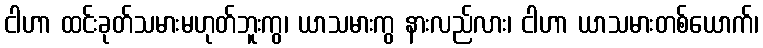
ငါဟာ ထင်းခုတ်သမားမဟုတ်ဘူးကွ၊ ယာသမားကွ နားလည်လား၊ ငါဟာ ယာသမားတစ်ယောက်၊